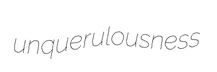
unquerulousness